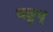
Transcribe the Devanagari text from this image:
वङ्मय्